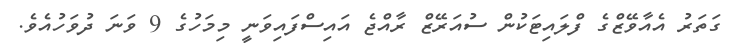
ގަތަރު އެއާވޭޒްގެ ފްލައިޓަކުން ސުއަރޭޒް ރާއްޖެ އައިސްފައިވަނީ މިމަހުގެ 9 ވަނަ ދުވަހުއެވެ.